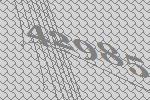
42985